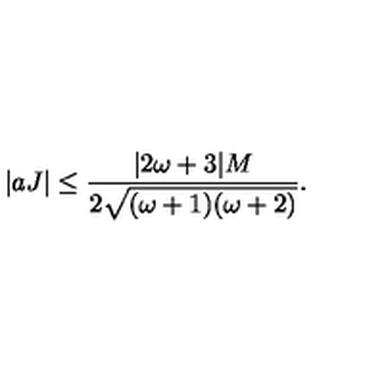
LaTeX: | a J | \leq \frac { | 2 \omega + 3 | M } { 2 \sqrt { ( \omega + 1 ) ( \omega + 2 ) } } .